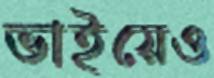
ভাইয়েও